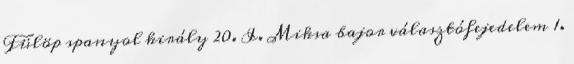
Fülöp spanyol király 20. I. Miksa bajor választófejedelem 1.